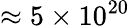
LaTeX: \approx 5\times 10^{20}